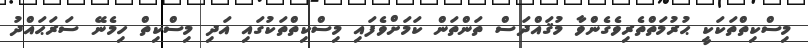
މިސްކިތްތަކަކީ ޙުރުމަތްތެރިވެގެންވާ މުޤައްދަސް ތަންތަން ކަމަށްވެފައި މިސްކިތްތަކުގައި އަދި މިސްކިތް ހިމެނޭ ސަރަޙައްދު